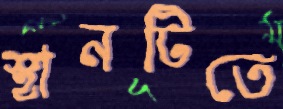
স্থানটিতে